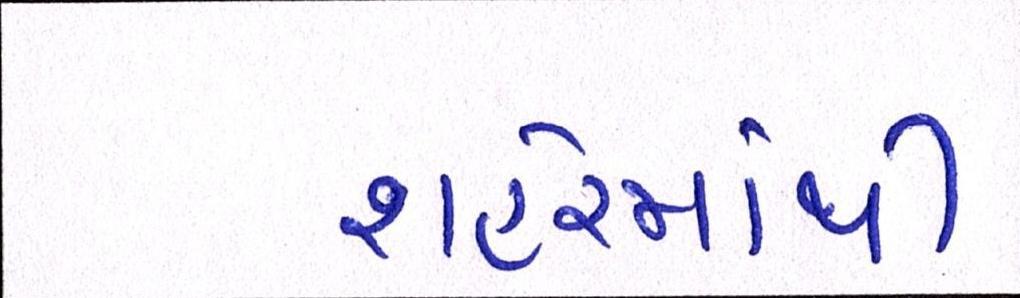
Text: શહેરમાંથી